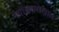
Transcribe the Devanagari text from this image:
नद्यांखालोखाल